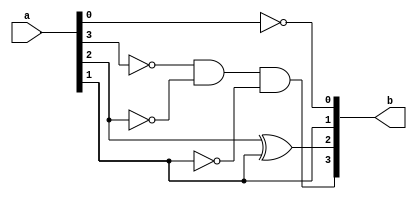
// name: Mohammed Owda
// id: 1200089 
// 9's complement using data flow model

module complement9(a, b);
input [3:0] a;
output [3:0] b;
assign b[3] = !a[3] && !a[2] && !a[1],
       b[2] = a[2] ^ a[1],
       b[1] = a[1],
       b[0] = !a[0];
endmodule